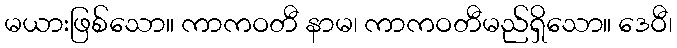
မယားဖြစ်သော။ ကာကဝတီ နာမ၊ ကာကဝတီမည်ရှိသော။ ဒေဝီ၊